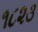
૧૮૨૩